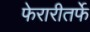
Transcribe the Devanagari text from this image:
फेरारीतर्फे